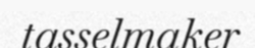
tasselmaker